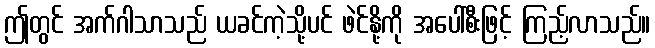
ဤတွင် အက်ဂါသာသည် ယခင်ကဲ့သို့ပင် ဖဲင်နို့ကို အပေါ်စီးဖြင့် ကြည့်လာသည်။